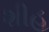
શીહ